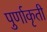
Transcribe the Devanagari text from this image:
पुर्णाकृती